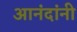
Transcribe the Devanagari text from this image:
आनंदांनी